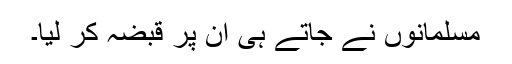
مسلمانوں نے جاتے ہی ان پر قبضہ کر لیا۔